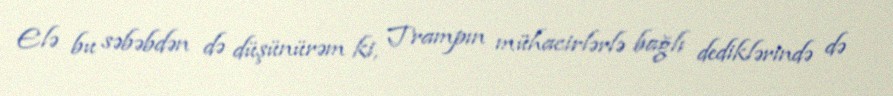
Elə bu səbəbdən də düşünürəm ki, Trampın mühacirlərlə bağlı dediklərində də